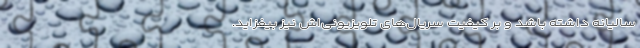
سالیانه داشته باشد و بر کیفیت سریال‌های تلویزیونی‌اش نیز بیفزاید.